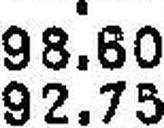
92.75